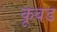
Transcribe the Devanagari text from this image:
कूबड